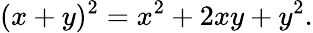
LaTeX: (x+y)^{2}=x^{2}+2xy+y^{2}.